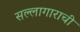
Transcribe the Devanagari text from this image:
सल्लागाराची